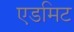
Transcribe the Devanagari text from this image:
एडमिट